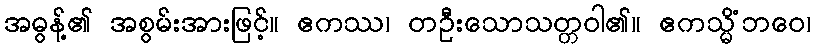
အဓွန့်၏ အစွမ်းအားဖြင့်။ ဧကဿ၊ တဦးသောသတ္တဝါ၏။ ဧကသ္မိံဘဝေ၊